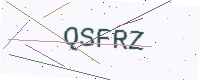
Text: QSFRZ